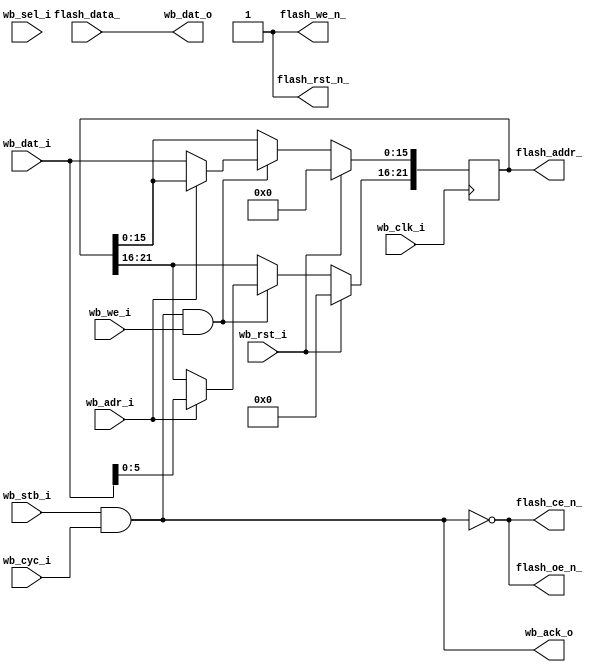
module flash16 (
     // Wishbone slave interface
    input           wb_clk_i,
    input           wb_rst_i,
    input  [15:0]   wb_dat_i,
    output [15:0]   wb_dat_o,
    input           wb_we_i,
    input           wb_adr_i,    // Wishbone address line
    input  [ 1:0]   wb_sel_i,
    input           wb_stb_i,
    input           wb_cyc_i,
    output          wb_ack_o,

    // Pad signals
    output [21:0] flash_addr_,
    input  [15:0] flash_data_,
    output        flash_we_n_,
    output        flash_oe_n_,
    output        flash_ce_n_,
    output        flash_rst_n_
  );

  // Registers and nets
  wire        op;
  wire        wr_command;
  reg  [21:0] address;

  // Combinatorial logic
  assign op = wb_stb_i & wb_cyc_i;

  assign flash_rst_n_ = 1'b1;
  assign flash_we_n_  = 1'b1;
  assign flash_oe_n_  = !op;
  assign flash_ce_n_  = !op;

  assign flash_addr_  = address;
  assign wr_command   = op & wb_we_i;  // Wishbone write access Signal

  assign wb_ack_o = op;
  assign wb_dat_o = flash_data_;

  // --------------------------------------------------------------------
  // Register addresses and defaults
  // --------------------------------------------------------------------
  `define FLASH_ALO   1'h0    // Lower 16 bits of address lines
  `define FLASH_AHI   1'h1    // Upper  6 bits of address lines
  always @(posedge wb_clk_i)  // Synchrounous
    if(wb_rst_i)
      address <= 22'h000000;  // Interupt Enable default
    else
      if(wr_command)          // If a write was requested
        case(wb_adr_i)        // Determine which register was writen to
            `FLASH_ALO: address[15: 0] <= wb_dat_i;
            `FLASH_AHI: address[21:16] <= wb_dat_i[5:0];
            default:    ;     // Default
        endcase               // End of case

endmodule